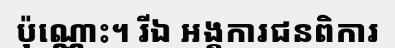
ប៉ុណ្ណោះ។ រីឯ អង្គការជនពិការ